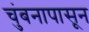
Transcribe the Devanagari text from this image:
चुंबनापासून